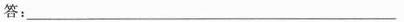
答：_____________